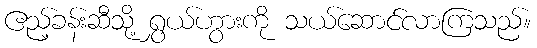
ဧည့်ခန်းဆီသို့ ရွှယ်ဟွားကို သယ်ဆောင်လာကြသည်။